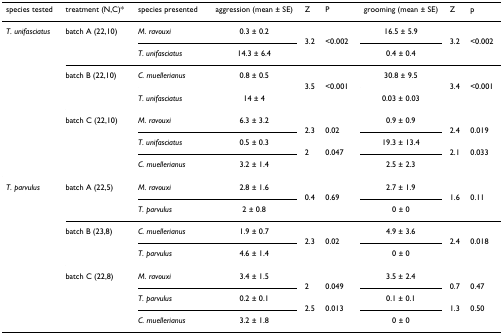
<table><thead><tr><td><b>species tested</b></td><td><b>treatment (N,C)*</b></td><td><b>species presented</b></td><td><b>aggression (mean ± SE)</b></td><td><b>Z</b></td><td><b>P</b></td><td><b>grooming (mean ± SE)</b></td><td><b>Z</b></td><td><b>p</b></td></tr></thead><tbody><tr><td><i>T. unifasciatus</i></td><td>batch A (22,10)</td><td><i>M. ravouxi</i></td><td>0.3 ± 0.2</td><td></td><td></td><td>16.5 ± 5.9</td><td></td><td></td></tr><tr><td></td><td></td><td colspan="2"></td><td>3.2</td><td>&lt;0.002</td><td></td><td>3.2</td><td>&lt;0.002</td></tr><tr><td></td><td></td><td><i>T. unifasciatus</i></td><td>14.3 ± 6.4</td><td></td><td></td><td>0.4 ± 0.4</td><td></td><td></td></tr><tr><td></td><td>batch B (22,10)</td><td><i>C. muellerianus</i></td><td>0.8 ± 0.5</td><td></td><td></td><td>30.8 ± 9.5</td><td></td><td></td></tr><tr><td></td><td></td><td colspan="2"></td><td>3.5</td><td>&lt;0.001</td><td></td><td>3.4</td><td>&lt;0.001</td></tr><tr><td></td><td></td><td><i>T. unifasciatus</i></td><td>14 ± 4</td><td></td><td></td><td>0.03 ± 0.03</td><td></td><td></td></tr><tr><td></td><td>batch C (22,10)</td><td><i>M. ravouxi</i></td><td>6.3 ± 3.2</td><td></td><td></td><td>0.9 ± 0.9</td><td></td><td></td></tr><tr><td></td><td></td><td colspan="2"></td><td>2.3</td><td>0.02</td><td></td><td>2.4</td><td>0.019</td></tr><tr><td></td><td></td><td><i>T. unifasciatus</i></td><td>0.5 ± 0.3</td><td></td><td></td><td>19.3 ± 13.4</td><td></td><td></td></tr><tr><td></td><td></td><td colspan="2"></td><td>2</td><td>0.047</td><td></td><td>2.1</td><td>0.033</td></tr><tr><td></td><td></td><td><i>C. muellerianus</i></td><td>3.2 ± 1.4</td><td></td><td></td><td>2.5 ± 2.3</td><td></td><td></td></tr><tr><td><i>T. parvulus</i></td><td>batch A (22,5)</td><td><i>M. ravouxi</i></td><td>2.8 ± 1.6</td><td></td><td></td><td>2.7 ± 1.9</td><td></td><td></td></tr><tr><td></td><td></td><td colspan="2"></td><td>0.4</td><td>0.69</td><td></td><td>1.6</td><td>0.11</td></tr><tr><td></td><td></td><td><i>T. parvulus</i></td><td>2 ± 0.8</td><td></td><td></td><td>0 ± 0</td><td></td><td></td></tr><tr><td></td><td>batch B (23,8)</td><td><i>C. muellerianus</i></td><td>1.9 ± 0.7</td><td></td><td></td><td>4.9 ± 3.6</td><td></td><td></td></tr><tr><td></td><td></td><td colspan="2"></td><td>2.3</td><td>0.02</td><td></td><td>2.4</td><td>0.018</td></tr><tr><td></td><td></td><td><i>T. parvulus</i></td><td>4.6 ± 1.4</td><td></td><td></td><td>0 ± 0</td><td></td><td></td></tr><tr><td></td><td>batch C (22,8)</td><td><i>M. ravouxi</i></td><td>3.4 ± 1.5</td><td></td><td></td><td>3.5 ± 2.4</td><td></td><td></td></tr><tr><td></td><td></td><td colspan="2"></td><td>2</td><td>0.049</td><td></td><td>0.7</td><td>0.47</td></tr><tr><td></td><td></td><td><i>T. parvulus</i></td><td>0.2 ± 0.1</td><td></td><td></td><td>0.1 ± 0.1</td><td></td><td></td></tr><tr><td></td><td></td><td colspan="2"></td><td>2.5</td><td>0.013</td><td></td><td>1.3</td><td>0.50</td></tr><tr><td></td><td></td><td><i>C. muellerianus</i></td><td>3.2 ± 1.8</td><td></td><td></td><td>0 ± 0</td><td></td><td></td></tr></tbody></table>